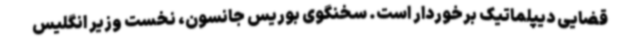
قضایی دیپلماتیک برخوردار است. سخنگوی بوریس جانسون، نخست وزیر انگلیس